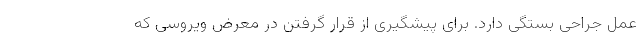
عمل جراحی بستگی دارد. برای پیشگیری از قرار گرفتن در معرض ویروسی که